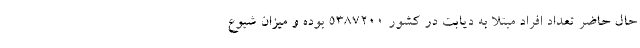
حال حاضر تعداد افراد مبتلا به دیابت در کشور ۵۳۸۷۲۰۰ بوده و میزان شیوع